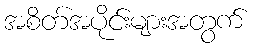
အစိတ်အပိုင်းများအတွက်